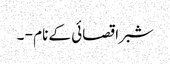
شبرا قصائی کے نام - ۔